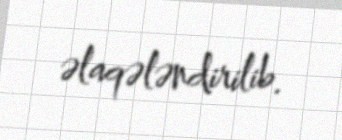
əlaqələndirilib.